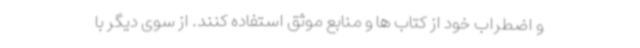
و اضطراب خود از کتاب ها و منابع موثق استفاده کنند. از سوی دیگر با